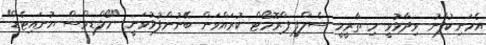
އެމަނިކުފާނު ވިދާޅުވީ މި ތާރީހީ ސެލްފީ ޕްރޮމޯޓް ކުރައްވަން ބޭނުންފުޅުވަނީ "މޯލްޑިވްސް ޔުނައިޓެޑް"